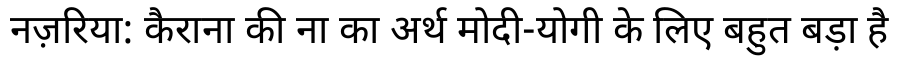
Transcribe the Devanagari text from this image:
नज़रिया: कैराना की ना का अर्थ मोदी-योगी के लिए बहुत बड़ा है